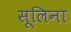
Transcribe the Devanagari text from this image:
सूलिना